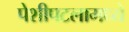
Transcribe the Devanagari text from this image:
पेशीपटलामध्ये